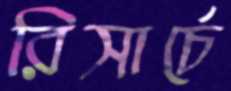
রিসার্চে